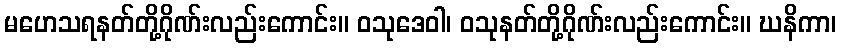
မဟေသရနတ်တို့ဂိုဏ်းလည်းကောင်း။ ဝသုဒေဝါ၊ ဝသုနတ်တို့ဂိုဏ်းလည်းကောင်း။ ဃနိကာ၊